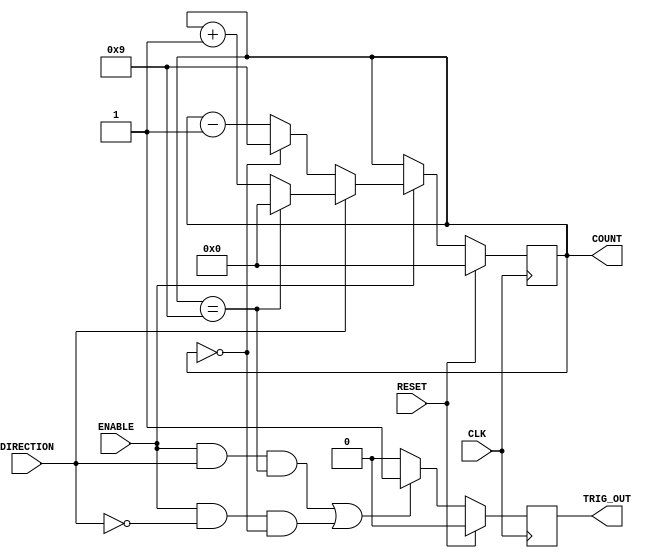
`timescale 1ns / 1ps
//////////////////////////////////////////////////////////////////////////////////
// Company: 
// Engineer: 
// 
// Design Name: 
// Module Name: generic_counter
// Project Name: 
// Target Devices: 
// Tool Versions: 
// Description: 
// 
// Dependencies: 
// 
// Revision:
// Revision 0.01 - File Created
// Additional Comments:
// 
//////////////////////////////////////////////////////////////////////////////////


module direction_generic_counter(
    CLK,
    RESET,
    ENABLE,
    DIRECTION,
    TRIG_OUT,
    COUNT
    );
    
     parameter COUNTER_WIDTH = 4; 
     parameter COUNTER_MAX = 9;
     
     input CLK; 
     input RESET; 
     input ENABLE;
     input DIRECTION;  
     output TRIG_OUT; 
     output [COUNTER_WIDTH-1:0] COUNT;
     
     reg [COUNTER_WIDTH-1:0] count_value; 
     reg Trigger_out;
     
     always@(posedge CLK) begin 
         if(RESET)
             count_value <= 0; 
         else begin
             if(ENABLE) begin 
                 if(DIRECTION) begin
                     if(count_value == COUNTER_MAX)
                         count_value <= 0; 
                     else
                         count_value <= count_value + 1;
                     end
                  else begin
                     if(count_value == 0)
                         count_value <= COUNTER_MAX;
                     else
                        count_value <= count_value - 1;
                   end
               end
            end
         end
            
     
     always@(posedge CLK) begin 
         if(RESET)
             Trigger_out <= 0; 
         else begin 
             if( (ENABLE && DIRECTION && (count_value == COUNTER_MAX)) | (ENABLE && ~DIRECTION && (count_value == 0)) )
                 Trigger_out <= 1; 
             else
                 Trigger_out <= 0;
         end
     end
     
     assign COUNT = count_value; 
     assign TRIG_OUT = Trigger_out;
     
 
endmodule